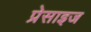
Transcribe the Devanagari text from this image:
प्रेसाइज